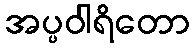
အပ္ပဝါရိတော